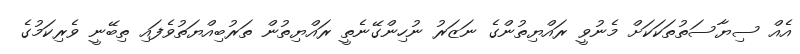
އެއް ސިޔާސަތުތަކަކަށް މެނުވީ ރައްޔިތުންގެ ނަޒަރު ނުހިންގޭނެތީ ރައްޔިތުން ތަރުބިއްޔަތުވެފައި ތިބޭނީ ވެރިކަމުގެ